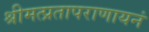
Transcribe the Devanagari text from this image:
श्रीमत्प्रतापराणायनं